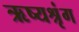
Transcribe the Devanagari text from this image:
ऋष्यश्रृंग